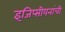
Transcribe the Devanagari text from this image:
इजिप्सीयनांची